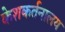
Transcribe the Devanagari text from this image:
केशकर्तनालय